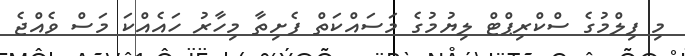
މި ފިލްމުގެ ސްކްރިޕްޓް ލިޔުމުގެ މަސައްކަތް ފެށިތާ މިހާރު ހައެއްކަ މަސް ވެއްޖެ